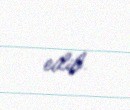
edib.